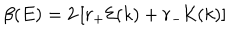
\beta ( E ) = 2 \left[ r _ { + } { \cal E } ( k ) + r _ { - } { \cal K } ( k ) \right]